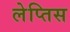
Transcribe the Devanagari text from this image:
लेप्तिस